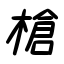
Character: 槍